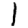
Digit: 1